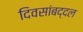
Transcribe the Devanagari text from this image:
दिवसांबद्दल